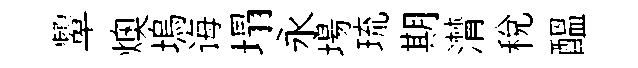
顰燠塢诲塌永場琉期潸稅醖